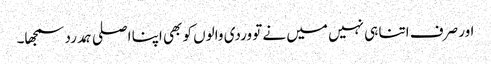
اور صرف اتنا ہی نہیں میں نے تو وردی والوں کو بھی اپنا اصلی ہمدرد سمجھا۔